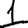
Digit: 1